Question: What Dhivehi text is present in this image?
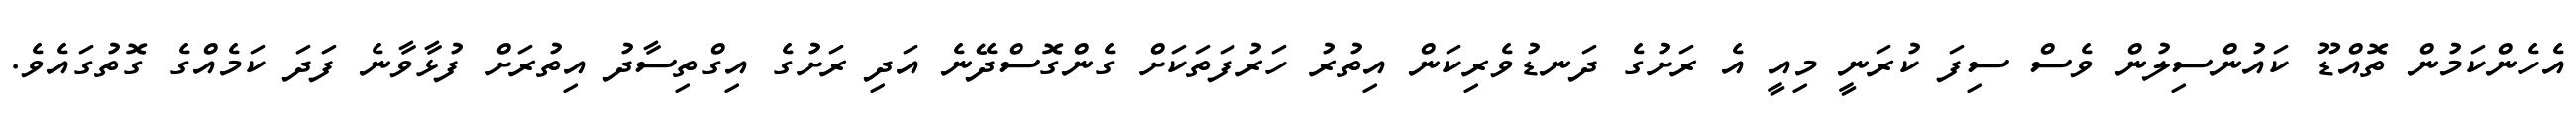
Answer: އެހެންކަމުން ތޮއްޑޫ ކައުންސިލުން ވެސް ސިފަ ކުރަނީ މިއީ އެ ރަށުގެ ދަނޑުވެރިކަން އިތުރު ހަރުފަތަކަށް ގެންގޮސްދޭނެ އަދި ރަށުގެ އިގްތިސާދު އިތުރަށް ފުޅާވާނެ ފަދަ ކަމެއްގެ ގޮތުގައެވެ.